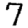
Digit: 7